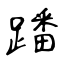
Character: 蹯